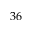
3 6